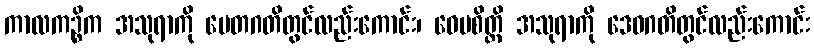
ကာလကဉ္စိက အသုရာကို ပေတဂတိတွင်လည်းကောင်း၊ ဝေပစိတ္တိ အသုရာကို ဒေဝဂတိတွင်လည်းကောင်း